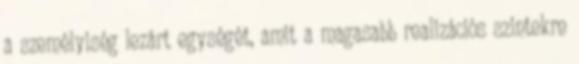
a személyiség lezárt egységét, amit a magasabb realizációs szintekre